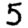
Digit: 5